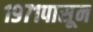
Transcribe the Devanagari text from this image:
१९७१पासून